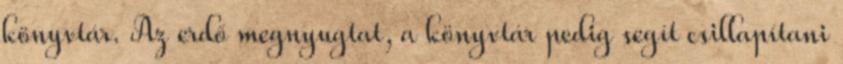
könyvtár. Az erdő megnyugtat, a könyvtár pedig segít csillapítani